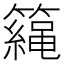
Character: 𥶀